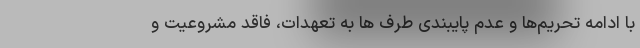
با ادامه تحریم‌ها و عدم پایبندی طرف ها به تعهدات، فاقد مشروعیت و